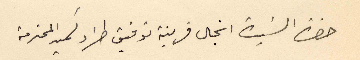
حضرة السيدة انجال قرينة توفيق طراد كميد المحترمة